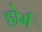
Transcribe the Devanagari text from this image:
होर्म